Report of the King Institute of Preventive Medicine, Guindy
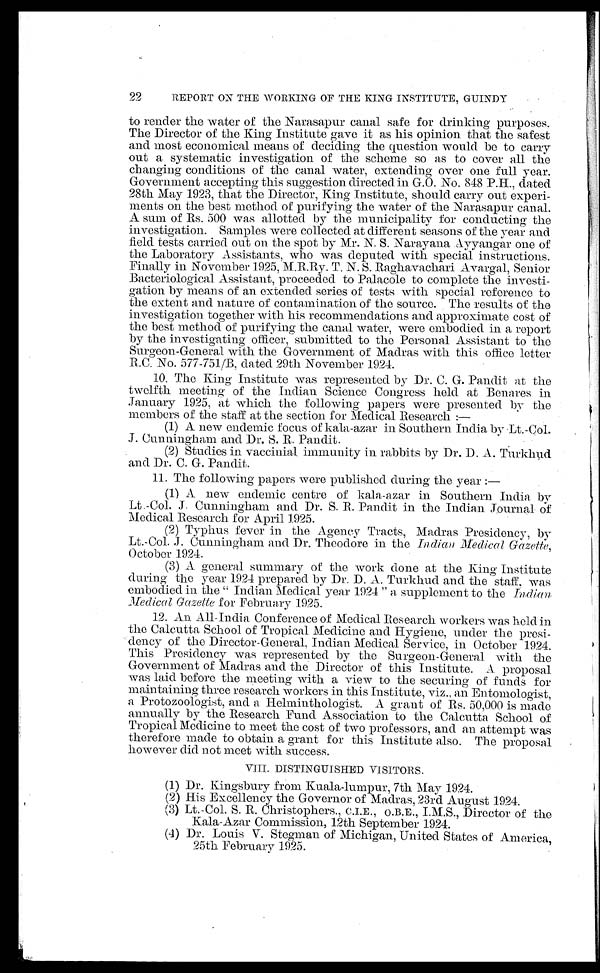
REPORT ON THE WORKING OF THE KING INSTITUTE, GUINDY
to render the water of the Narasapur canal safe for drinking purposes.
The Director of the King Institute gave it as his opinion that the safest
and most economical means of deciding the question would be to carry
out a systematic investigation of the scheme so as to cover all the
changing conditions of the canal water, extending over one full year.
Government accepting this suggestion directed in G.O. No. 848 P.H., dated
28th May 1923, that the Director, King Institute, should carry out experi
-
ments on the best method of purifying the water of the Narasapur canal.
A sum of Rs. 500 was allotted by the municipality for conducting the
investigation. Samples were collected at different seasons of the year and
field tests carried out on the spot by Mr. N. S. Narayana Ayyangar one of
the Laboratory Assistants, who was deputed with special instructions.
Finally in November 1925, M.R.Ry. T. N. S. Raghavachari Avargal, Senior
Bacteriological Assistant, proceeded to Palacole to complete the investi
-
gation by means of an extended series of tests with special reference to
the extent and nature of contamination of the source. The results of the
investigation together with his recommendations and approximate cost of
the best method of purifying the canal water, were embodied in a report
by the investigating officer, submitted to the Personal Assistant to the
Surgeon-General with the Government of Madras with this office letter
R.C. No. 577-751/B, dated 29th November 1924.
10. The King Institute was represented by Dr. C. G. Pandit at the
twelfth meeting of the Indian Science Congress held at Benares in
January 1925, at which the following papers were presented by the
members of the staff at the section for Medical Research:—
(1) A new endemic focus of kala-azar in Southern India by Lt.-Col.
J. Cunningham and Dr. S. R. Pandit.
(2) Studies in vaccinial immunity in rabbits by Dr. D. A.. Turkhud
and Dr. C. G. Pandit.
11. The following papers were published during the year:
—
(1) A new endemic centre of kala-azar in Southern India by
Lt.-Col. J. Cunningham and Dr. S. R. Pandit in the Indian Journal of
Medical Research for April 1925.
(2) Typhus fever in the Agency Tracts, Madras Presidency, by
Lt.-Col. J. Cunningham and Dr. Theodore in the Indian Medical Gazette,
October 1924.
(3) A general summary of the work done at the King Institute
during the year 1924 prepared by Dr. D. A. Turkhud and the staff, was
embodied in the "Indian Medical year 1924" a supplement to the Indian
M e d i c a l G a z e t t ef
o r F e b r u a r y 1 9 2 5 .
12. An All-India Conference of Medical Research workers was held in
the Calcutta School of Tropical Medicine and Hygiene, under the presi
-
dency of the Director-General, Indian Medical Service, in October 1924.
This Presidency was represented by the Surgeon-General with the
Government of Madras and the Director of this Institute. A proposal
was laid before the meeting with a view to the securing of funds for
maintaining three research workers in this Institute, viz., an Entomologist,
a Protozoologist, and a Helminthologist. A grant of Rs. 50,000 is made
annually by the Research Fund Association to the Calcutta School of
Tropical Medicine to meet the cost of two professors, and an attempt was
therefore made to obtain a grant for this Institute also. The proposal
however did not meet with success.
VIII. DISTINGUISHED VISITORS.
( 1 ) D r . K i n g s b u r y f r o m K u a l a - l u m p u r , 7 t h M a y 1 9 2 4 .
( 2 ) H i s E x c e l l e n c y t h e G o v e r n o r o f M a d r a s , 2 3 r d A u g u s t 1 9 2 4 .
(3) Lt.-Col. S. R. Christophers., C.I.E., O.B.E., I.M.S., Director of the
Kala-Azar Commission, 12th September 1924.
(4) Dr. Louis V. Stegman of Michigan, United States of America,
25th February 1925.
22